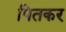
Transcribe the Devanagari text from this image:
पितकर